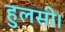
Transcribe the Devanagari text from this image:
हुलसी।